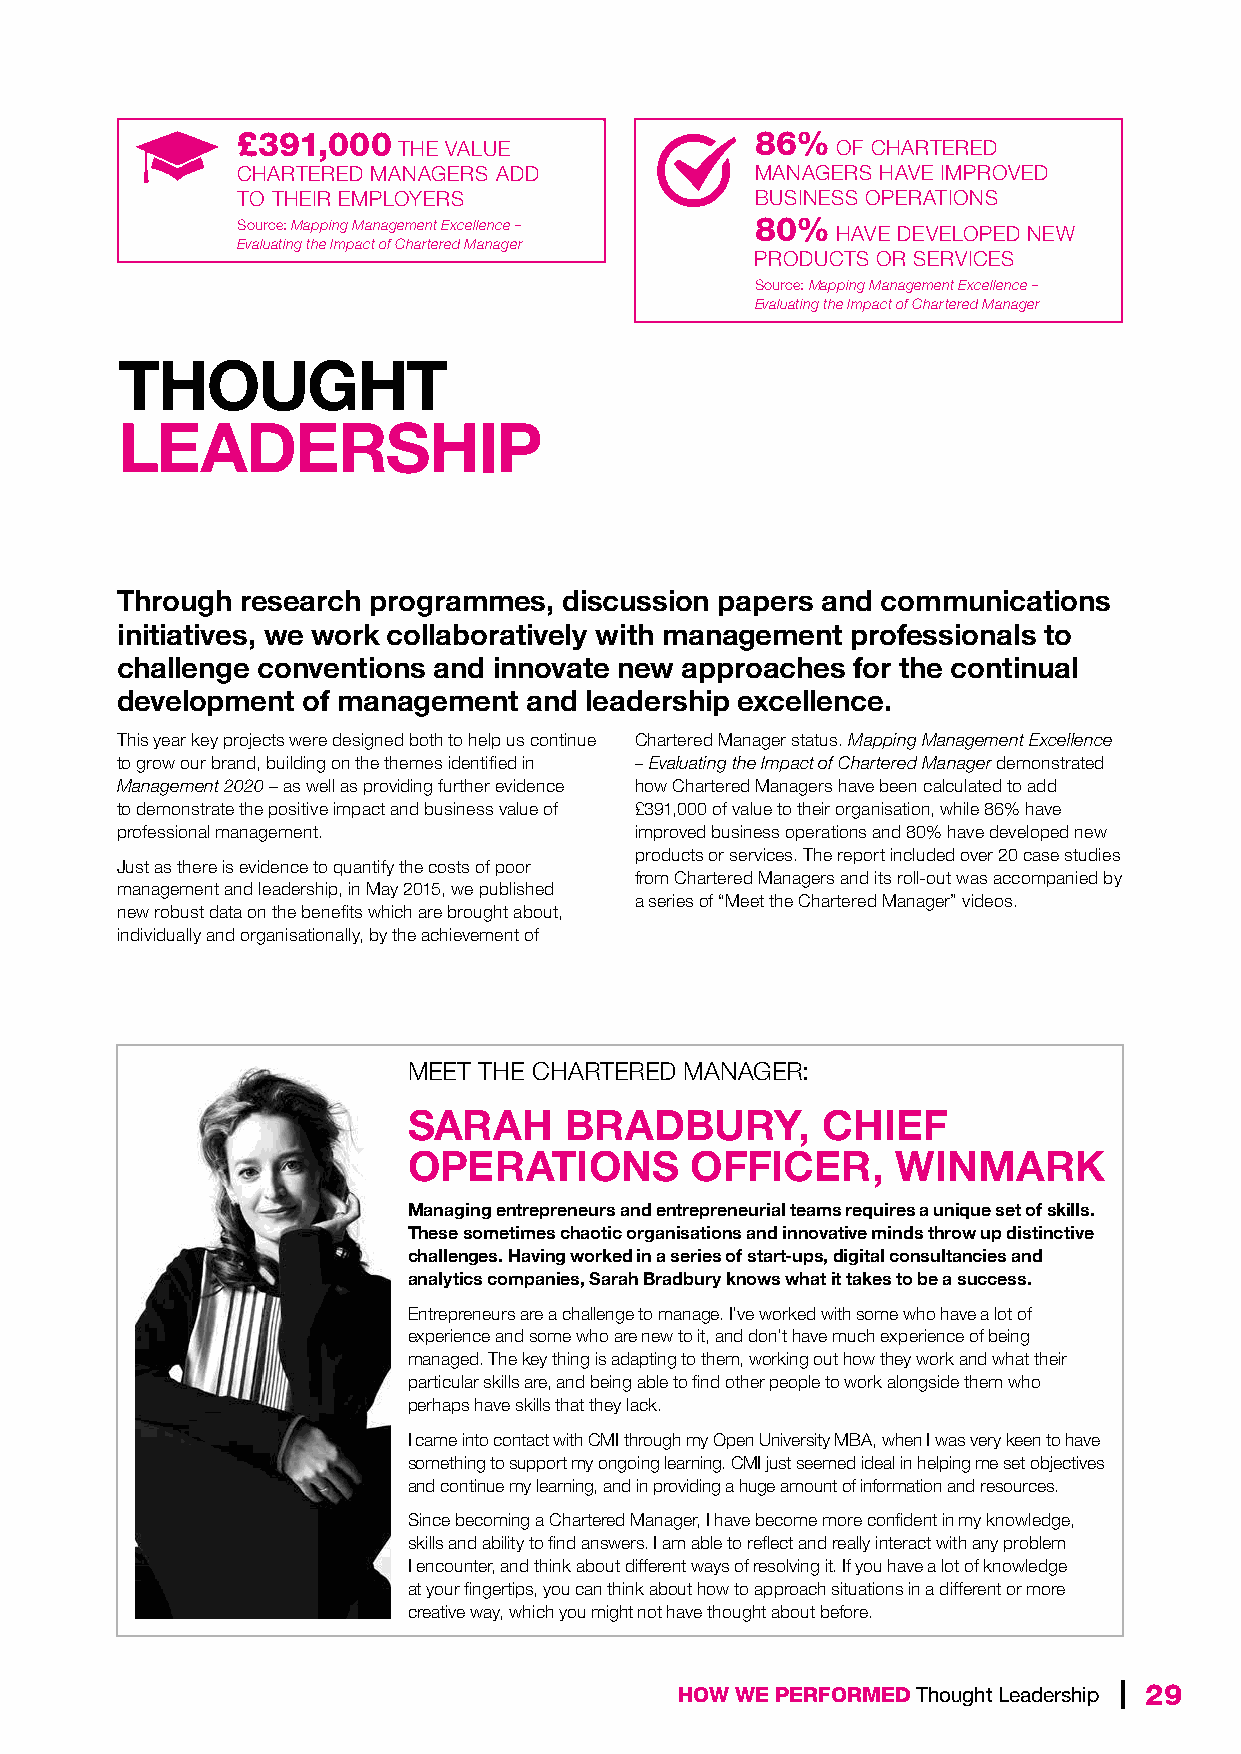
£391,000                          86%
 THE VALUE                    OF CHARTERED
 CHARTERED MANAGERS ADD            MANAGERS HAVE IMPROVED
 TO THEIR EMPLOYERS                BUSINESS OPERATIONS
 Source: Mapping Management Excellence – 80% HAVE DEVELOPED NEW
 Evaluating the Impact of Chartered Manager
 PRODUCTS OR SERVICES
 Source: Mapping Management Excellence –
 Evaluating the Impact of Chartered Manager
 THOUGHT
 LEADERSHIP
 Through research programmes, discussion papers and communications
 initiatives, we work collaboratively with management professionals to
 challenge conventions and innovate new approaches for the continual
 development of management  and leadership excellence.
 This year key projects were designed both to help us continue Chartered Manager status. Mapping Management Excellence
 to grow our brand, building on the themes identified in – Evaluating the Impact of Chartered Manager demonstrated
 Management 2020 – as well as providing further evidence how Chartered Managers have been calculated to add
 to demonstrate the positive impact and business value of £391,000 of value to their organisation, while 86% have
 professional management.          improved business operations and 80% have developed new
 products or services. The report included over 20 case studies
 Just as there is evidence to quantify the costs of poor
 from Chartered Managers and its roll-out was accompanied by
 management and leadership, in May 2015, we published
 a series of “Meet the Chartered Manager” videos.
 new robust data on the benefits which are brought about,
 individually and organisationally, by the achievement of
 MEET THE CHARTERED MANAGER:
 SARAH     BRADBURY,        CHIEF
 OPERATIONS         OFFICER,     WINMARK
 Managing entrepreneurs and entrepreneurial teams requires a unique set of skills.
 These sometimes chaotic organisations and innovative minds throw up distinctive
 challenges. Having worked in a series of start-ups, digital consultancies and
 analytics companies, Sarah Bradbury knows what it takes to be a success.
 Entrepreneurs are a challenge to manage. I’ve worked with some who have a lot of
 experience and some who are new to it, and don’t have much experience of being
 managed. The key thing is adapting to them, working out how they work and what their
 particular skills are, and being able to find other people to work alongside them who
 perhaps have skills that they lack.
 I came into contact with CMI through my Open University MBA, when I was very keen to have
 something to support my ongoing learning. CMI just seemed ideal in helping me set objectives
 and continue my learning, and in providing a huge amount of information and resources.
 Since becoming a Chartered Manager, I have become more confident in my knowledge,
 skills and ability to find answers. I am able to reflect and really interact with any problem
 I encounter, and think about different ways of resolving it. If you have a lot of knowledge
 at your fingertips, you can think about how to approach situations in a different or more
 creative way, which you might not have thought about before.
 HOW WE PERFORMED Thought Leadership | 29